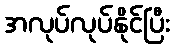
အလုပ်လုပ်နိုင်ပြီး